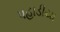
પહાડીયા